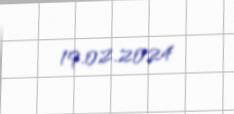
19.02.2024